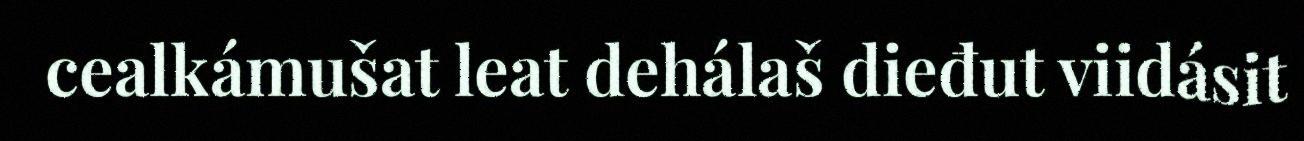
cealkámušat leat dehálaš dieđut viidásit